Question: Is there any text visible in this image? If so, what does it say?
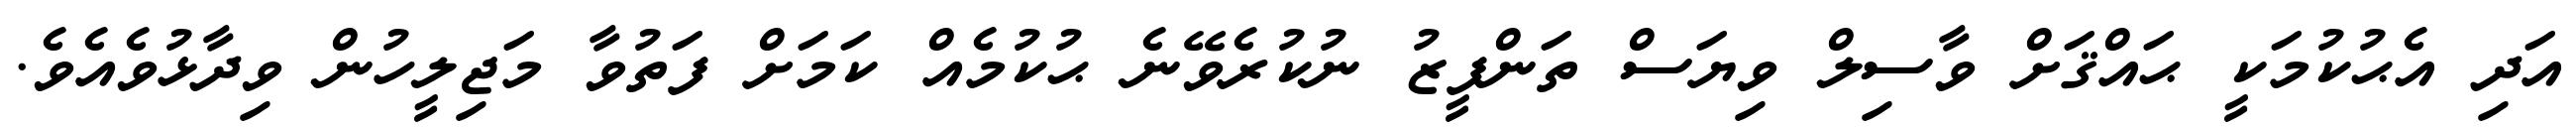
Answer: އަދި އެޙުކުމަކީ ޙައްޤަށް ވާސިލް ވިޔަސް ތަންފީޒު ނުކުރެވޭނެ ޙުކުމެއް ކަމަށް ފަތުވާ މަޖިލީހުން ވިދާޅުވެއެވެ.